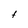
Character: f